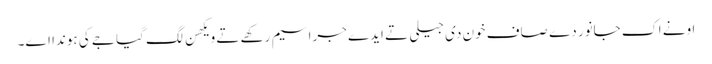
اونے اک جانور دے صاف خون دی جیلی تے ایدے جراسیم رکھے تے ویکھن لگ گیا جے کی ہوندا اے۔